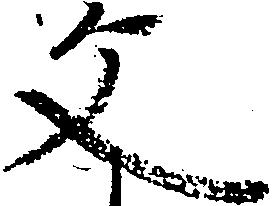
文